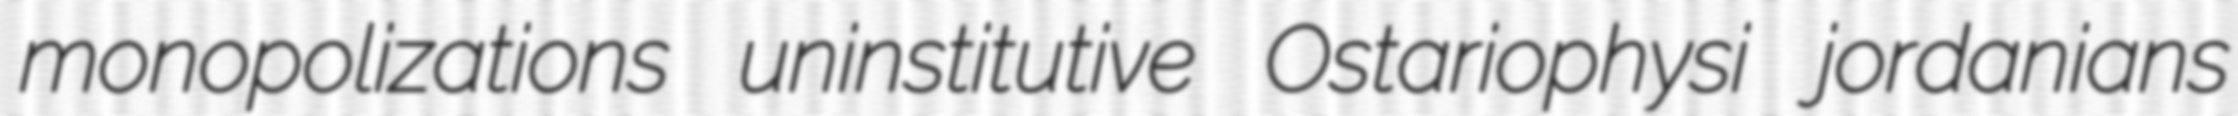
monopolizations uninstitutive Ostariophysi jordanians